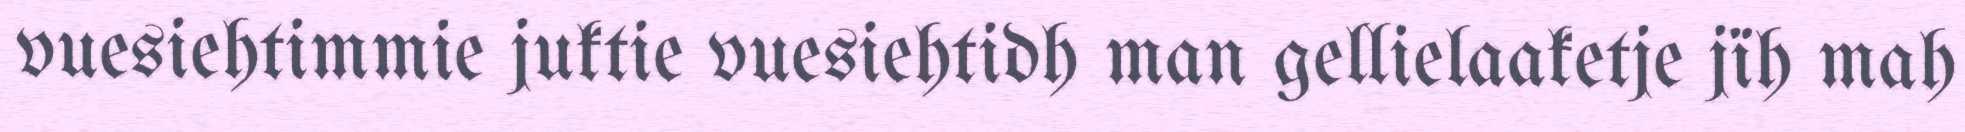
vuesiehtimmie juktie vuesiehtidh man gellielaaketje jïh mah